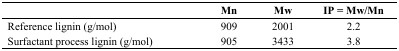
<table><thead><tr><td></td><td><b>Mn</b></td><td><b>Mw</b></td><td><b>IP = Mw/Mn</b></td></tr></thead><tbody><tr><td>Reference lignin (g/mol)</td><td>909</td><td>2001</td><td>2.2</td></tr><tr><td>Surfactant process lignin (g/mol)</td><td>905</td><td>3433</td><td>3.8</td></tr></tbody></table>